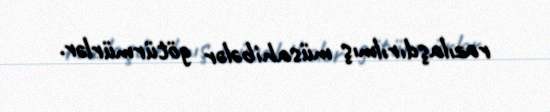
razılaşdırılmış müsahibələr götürmürlər.